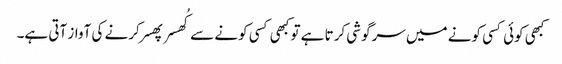
کبھی کوئی کسی کونے میں سرگوشی کرتا ہے تو کبھی کسی کونے سے کُھسر پھسر کرنے کی آواز آتی ہے۔